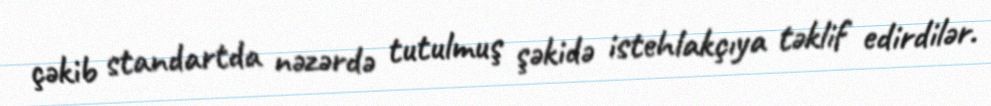
çəkib standartda nəzərdə tutulmuş şəkidə istehlakçıya təklif edirdilər.